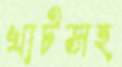
খাটসহ